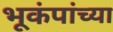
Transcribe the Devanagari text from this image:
भूकंपांच्या